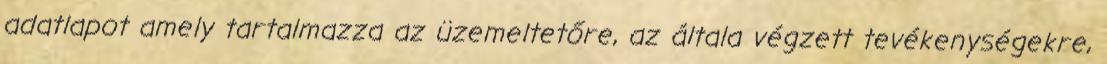
adatlapot amely tartalmazza az üzemeltetőre, az általa végzett tevékenységekre,